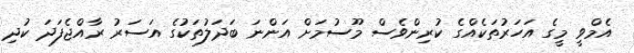
އެމްވީ މީގެ އަހަރުތަކެއްގެ ކުރިންވެސް މޫސުމަށް އަންނަ ބަދަލުތަކުގެ އަސަރު ރާއްޖެފަދަ ކުދި